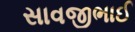
સાવજીભાઈ